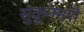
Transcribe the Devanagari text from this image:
सुकूनभरी